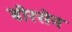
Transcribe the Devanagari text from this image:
बीरसेन